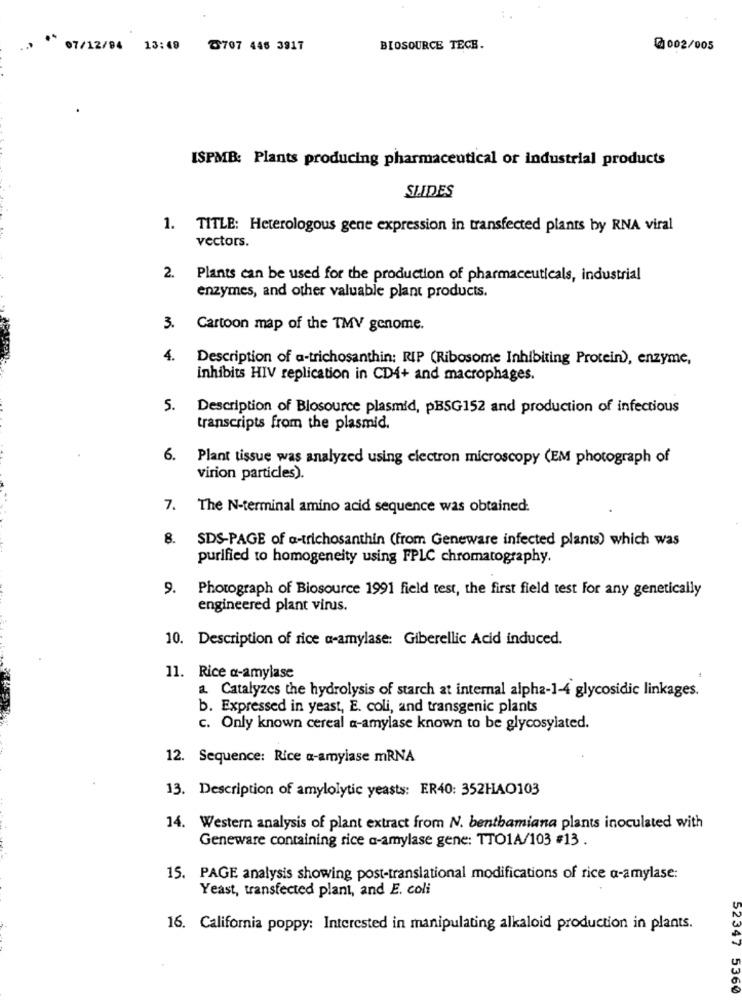
..
07/12/94 13:48 2707 446 3917
BIOSOURCE TECE.
@002/005
ISPMB: Plants producing pharmaceutical or industrial products
SLIDES
1. TITLE: Heterologous gene expression in transfected plants by RNA viral
vectors.
2. Plants can be used for the production of pharmaceuticals, industrial
enzymes, and other valuable plant products.
3. Cartoon map of the TMV genome.
4.
Description of a-trichosanthin: RIP (Ribosome Inhibiting Protein), enzyme,
inhibits HIV replication in CD4+ and macrophages.
5.
Description of Blosource plasmid, pBSG152 and production of infectious
transcripts from the plasmid.
6.
Plant tissue was analyzed using electron microscopy (EM photograph of
virion particles).
7.
The N-terminal amino acid sequence was obtained.
8. SDS-PAGE of a-trichosanthin (from Geneware infected plants) which was
purified to homogeneity using FPLC chromatography.
9. Photograph of Biosource 1991 field test, the first field test For any genetically
engineered plant virus.
10. Description of rice a-amylase: Giberellic Acid induced.
11. Rice a-amylase
a. Catalyzes the hydrolysis of starch at internal alpha-1-4 glycosidic linkages.
b. Expressed in yeast, E. coli, and transgenic plants
c. Only known cereal a-amylase known to be glycosylated.
12. Sequence: Rice a-amylase mRNA
13. Description of amylolytic yeasts: ER40: 352HAO103
14. Western analysis of plant extract from N. benthamiana plants inoculated with
Geneware containing rice a-amylase gene: TTO1A/103 #13 .
15. PAGE analysis showing post-translational modifications of rice a-amylase:
Yeast, transfected plant, and E. coli
16. California poppy: Interested in manipulating alkaloid production in plants.
52347 5360